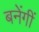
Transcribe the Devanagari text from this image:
बनेंगीं